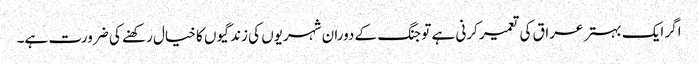
اگر ایک بہتر عراق کی تعمیر کرنی ہے تو جنگ کے دوران شہریوں کی زندگیوں کا خیال رکھنے کی ضرورت ہے۔